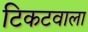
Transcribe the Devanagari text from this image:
टिकटवाला